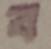
ব